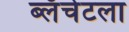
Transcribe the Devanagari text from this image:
ब्लँचेटला